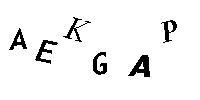
AEKGAP